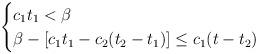
LaTeX: \begin{align*}\begin{cases}c_1t_1<\beta\\\beta-[c_1t_1-c_2(t_2-t_1)]\le c_1(t-t_2)\end{cases}\end{align*}